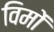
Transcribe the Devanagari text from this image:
विमों